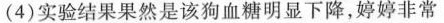
(4)实验结果果然是该狗血糖明显下降，婷婷非常